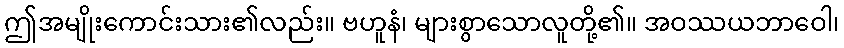
ဤအမျိုးကောင်းသား၏လည်း။ ဗဟူနံ၊ များစွာသောလူတို့၏။ အဝဿယဘာဝေါ၊